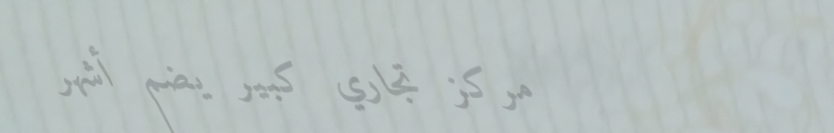
مركز تجاري كبير يضم أشهر